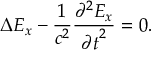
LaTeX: \Delta E _ { x } - \frac { 1 } { c ^ { 2 } } \frac { { \partial } ^ { 2 } E _ { x } } { { \partial t } ^ { 2 } } = 0 .